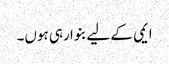
ایمی کے لیے بنوا رہی ہوں۔